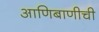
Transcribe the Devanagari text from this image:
आणिबाणीची